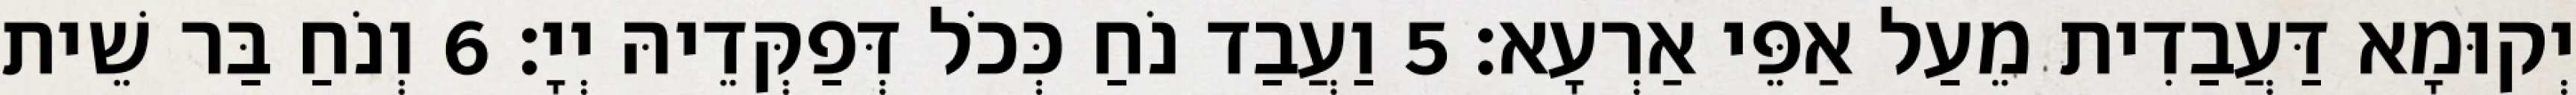
יְקוּמָא דַּעֲבַדִית מֵעַל אַפֵּי אַרְעָא׃ 5 וַעֲבַד נֹחַ כְּכֹל דְּפַקְּדֵיהּ יְיָ׃ 6 וְנֹחַ בַּר שֵׁית